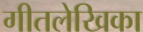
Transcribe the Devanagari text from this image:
गीतलेखिका